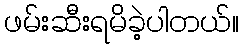
ဖမ်းဆီးရမိခဲ့ပါတယ်။